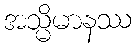
အသ္မိမာနဿ